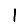
Digit: 1